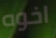
اخوه